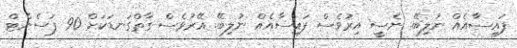
ފައިސާއެއް ނުލިބޭ. ނެސީ އިރުވެސް ފައިސާއެއް ނުލިބޭ. އޭރުވެސް ގާތްގަނޑަކަށް 90 ޕަސެންޓް